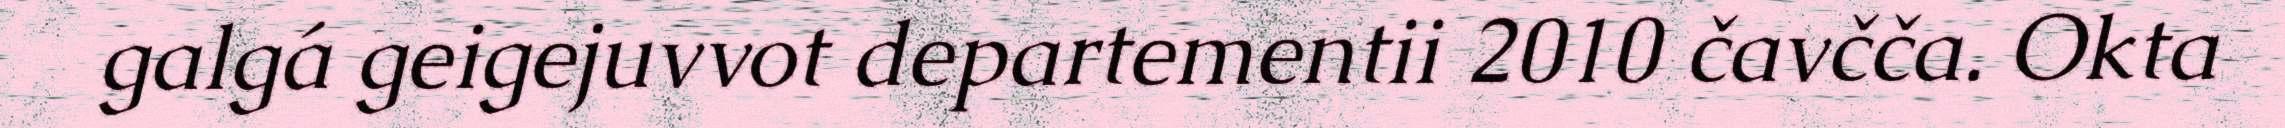
galgá geigejuvvot departementii 2010 čavčča. Okta